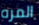
المره